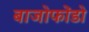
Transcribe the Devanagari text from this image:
बाजोफोंडो